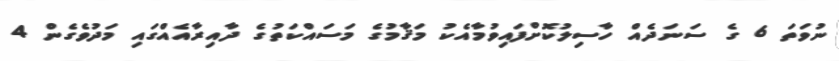
ނުވަތަ 6 ގެ ސަނަދެއް ހާސިލުކޮށްފައިވުމާއެކު މަޤާމުގެ މަސައްކަތުގެ ދާއިރާއެއްގައި މަދުވެގެން 4